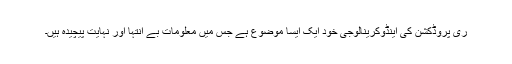
ری پروڈکشن کی اینڈوکرینالوجی خود ایک ایسا موضوع ہے جس میں‌ معلومات بے انتہا اور نہایت پیچیدہ ہیں‌۔